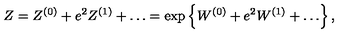
Z = Z ^ { ( 0 ) } + e ^ { 2 } Z ^ { ( 1 ) } + \ldots = \exp \left\{ W ^ { ( 0 ) } + e ^ { 2 } W ^ { ( 1 ) } + \ldots \right\} ,